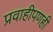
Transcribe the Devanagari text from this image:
प्रवाहीपणही